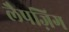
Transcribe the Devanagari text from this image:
लैपज़िग